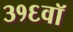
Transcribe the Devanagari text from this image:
३१६वॉ